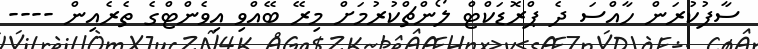
ސާފުކުރަން ހާއްސަ ދެ ޕްރޮޑަކްޓް ލޯންޗްކުރުމަށް މިރޭ ބޭއްވި އިވެންޓްގެ ތެރެއިން ----